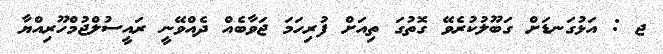
ޖ : އަޅުގަނޑަށް ގަބޫލުކުރެވޭ ގޮތުގަ ތިއަށް ފުރިހަމަ ޖަވާބެއް ދެއްވޭނީ ރައީސުލްޖުމްހޫރިއްޔާ